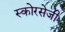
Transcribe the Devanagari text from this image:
स्कोरसेजी